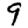
Digit: 9